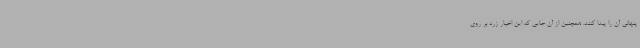
پنهانی آن را پیدا کنند. همچنین از آن جایی که این اخبار زرد بر روی